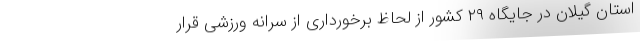
استان گیلان در جایگاه ۲۹ کشور از لحاظ برخورداری از سرانه ورزشی قرار